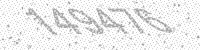
Solution: 149476